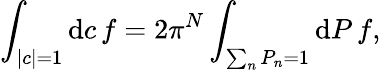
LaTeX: \int_{|c|=1}\mathrm{d}c\, f=2\pi^{N}\int_{\sum_{n}P_{n}=1}\mathrm{d}P\, f,